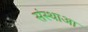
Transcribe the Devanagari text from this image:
संस्थाआ